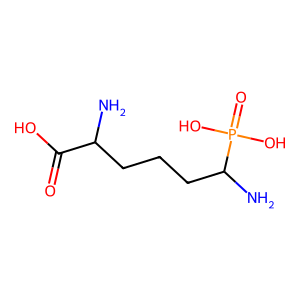
SMILES: NC(CCCC(N)P(=O)(O)O)C(=O)O
Inhibits HIV replication: No